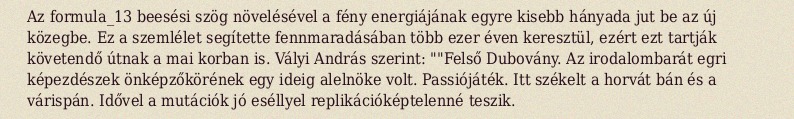
Az formula_13 beesési szög növelésével a fény energiájának egyre kisebb hányada jut be az új közegbe. Ez a szemlélet segítette fennmaradásában több ezer éven keresztül, ezért ezt tartják követendő útnak a mai korban is. Vályi András szerint: ""Felső Dubovány. Az irodalombarát egri képezdészek önképzőkörének egy ideig alelnöke volt. Passiójáték. Itt székelt a horvát bán és a várispán. Idővel a mutációk jó eséllyel replikációképtelenné teszik.